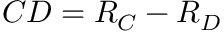
C D = R _ { C } - R _ { D }